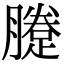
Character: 𨃗